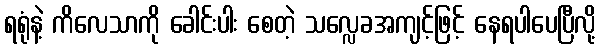
ရရုံနဲ့ ကိလေသာကို ခေါင်းပါး စေတဲ့ သလ္လေခအကျင့်ဖြင့် နေရပါပေပြီလို့